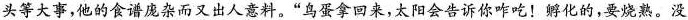
头等大事，他的食谱庞杂而又出人意料。”鸟蛋拿回来，太阳会告诉你咋吃！孵化的，要烧熟。没